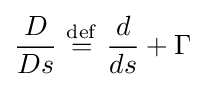
{D \over Ds}\ {\stackrel {\mathrm {def} }{=}}\ {d \over ds}+\Gamma